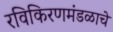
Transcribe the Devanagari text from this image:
रविकिरणमंडळाचे